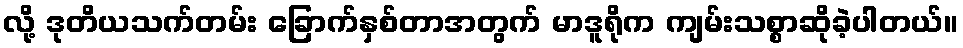
လို့ ဒုတိယသက်တမ်း ခြောက်နှစ်တာအတွက် မာဒူရိုက ကျမ်းသစ္စာဆိုခဲ့ပါတယ်။